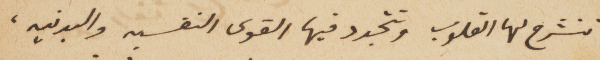
تنشرح لها القلوب وتتجدد فيها القوى النفسيه والبدنيه،